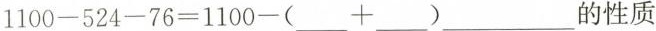
$$1100-524-76=1100-(___+___)$$___的性质